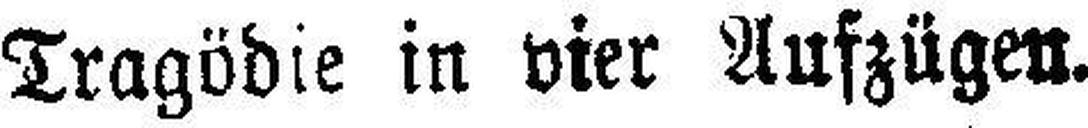
Tragödie in vier Aufzügen.